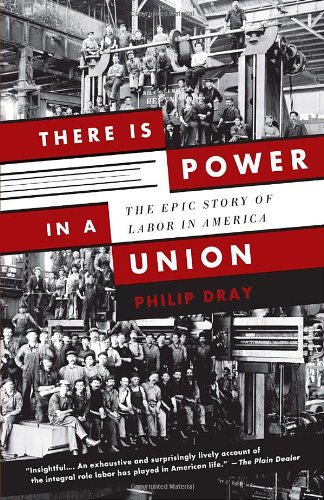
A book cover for There Is Power in a Union: The Epic Story of Labor in America; Philip Dray; Business & Money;